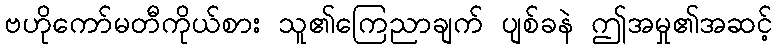
ဗဟိုကော်မတီကိုယ်စား သူ၏ကြေညာချက် ပျစ်ခနဲ ဤအမှု၏အဆင့်